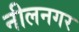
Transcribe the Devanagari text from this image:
नीलनगर